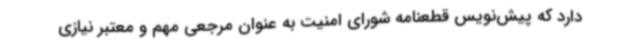
دارد که پیش‌نویس قطعنامه شورای امنیت به عنوان مرجعی مهم و معتبر نیازی